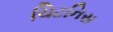
ચિટનિસ